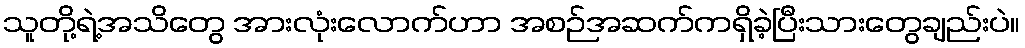
သူတို့ရဲ့အသိတွေ အားလုံးလောက်ဟာ အစဉ်အဆက်ကရှိခဲ့ပြီးသားတွေချည်းပဲ။